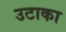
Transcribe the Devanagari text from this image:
उटाका